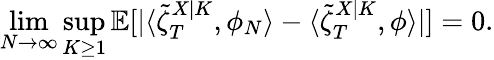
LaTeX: \operatorname*{lim}_{N\to\infty}\operatorname*{sup}_{K\geq 1}\mathbb{E}[|\langle\tilde{\zeta}_{T}^{X|K},\phi_{N}\rangle-\langle\tilde{\zeta}_{T}^{X|K},\phi\rangle|]=0.